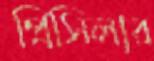
প্রিসিলার